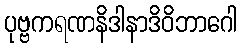
ပုဗ္ဗကရဏနိဒါနာဒိဝိဘာဂေါ